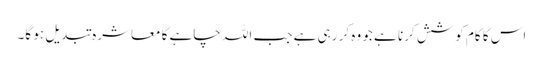
اس کا کام کوشش کرنا ہے جو وہ کر رہی ہے جب اللہ چاہے گا معاشرہ تبدیل ہو گا۔